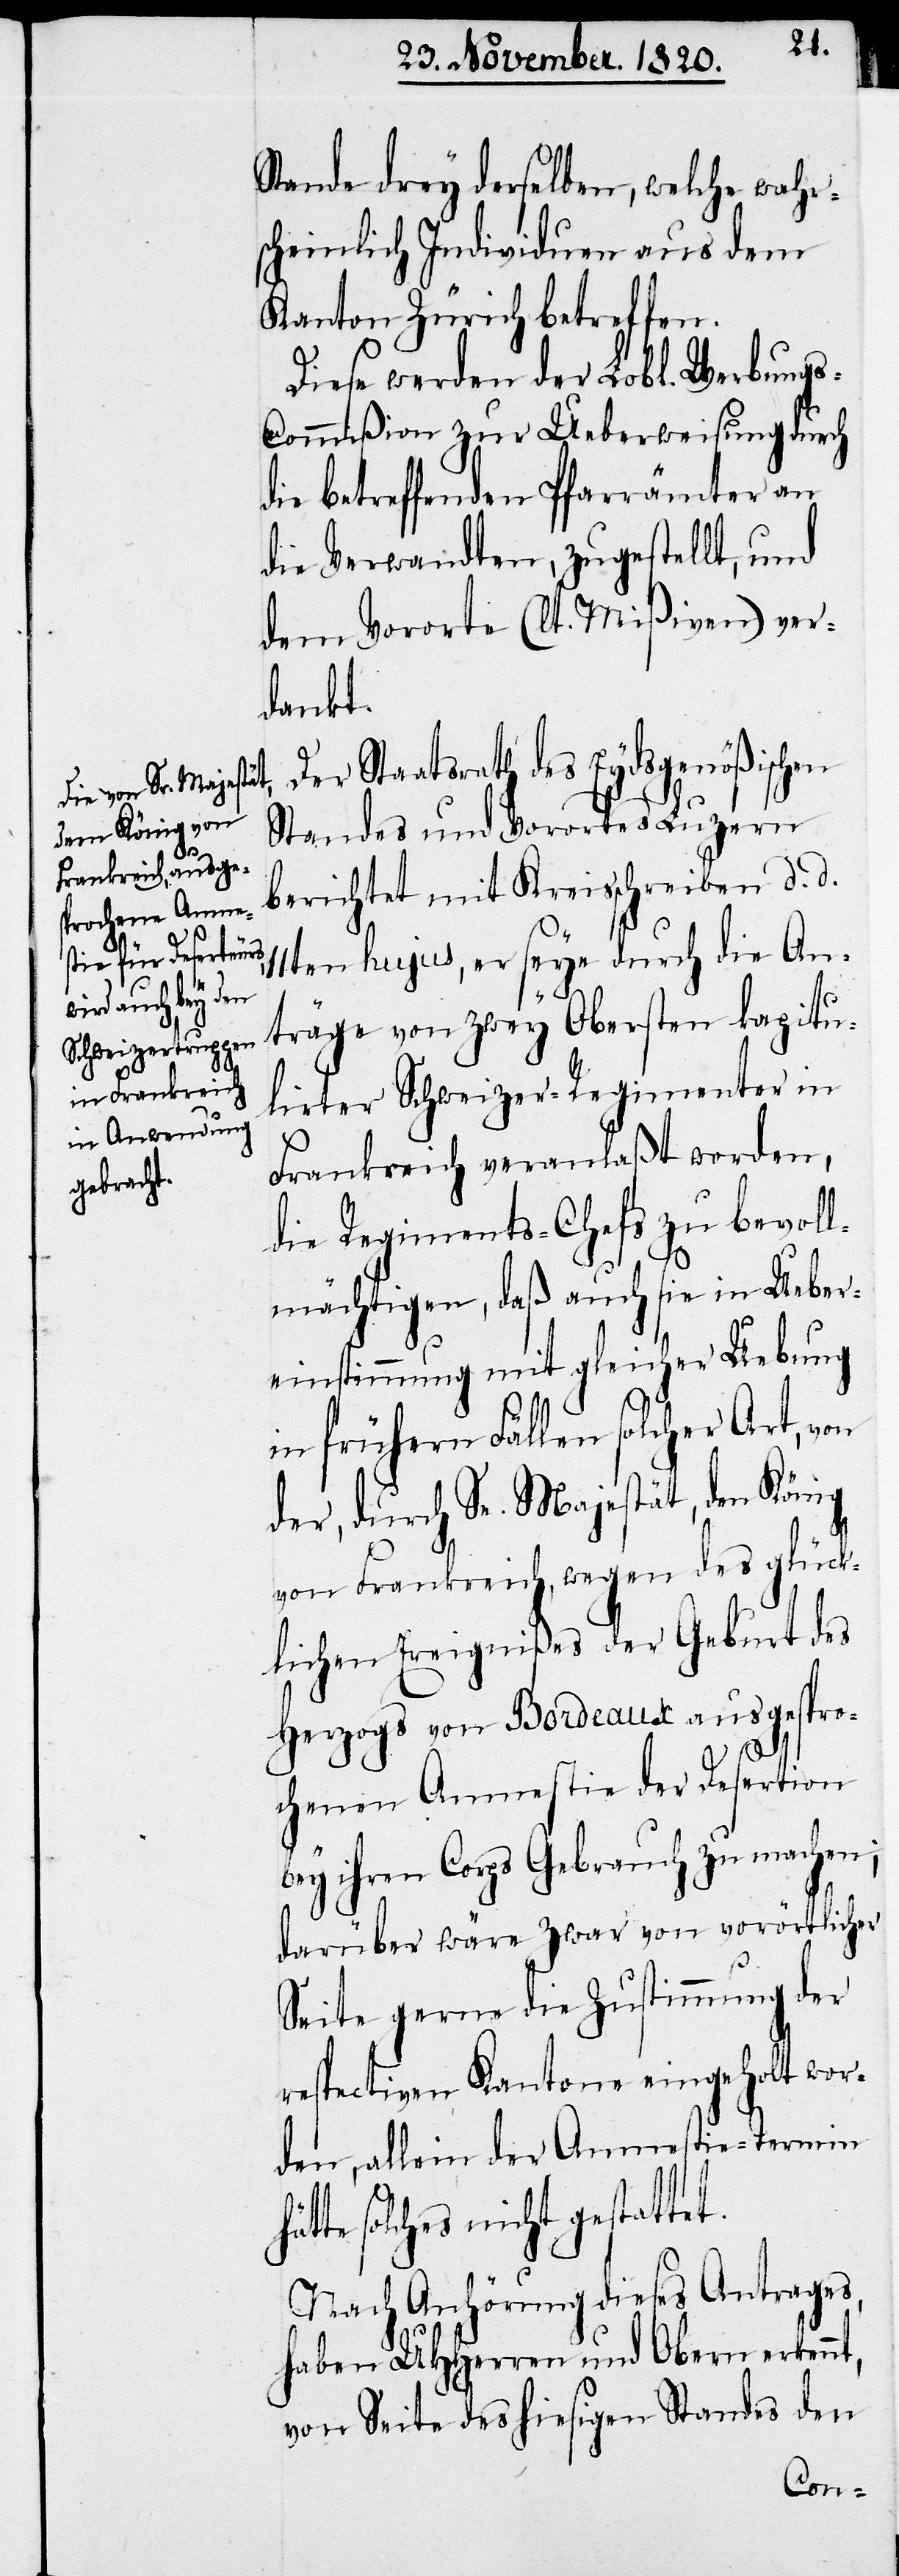
hä¬

Stande drey derselben, welche wahr¬
scheinlich Individuen aus dem
Kanton Zürich betreffen.
Diese werden der Lobl. Werbung¬
s-Commißion zur Ueberweisung durch
die betreffenden Pfarrämter an
die Verwandten, zugestellt, und
dem Vororte (lt. Mißiven) ver¬
dankt.
Der Staatsrath des Eydsgenößischen
Standes und Vorortes Luzern
berichtet mit Kreisschreiben d. d.
11ten hujus, er seye durch die An¬
träge von zwey Obersten kapitu¬
lirter Schweizer-Regimenter in
Frankreich veranlaßt worden,
die Regiments-Chef zu bevoll¬
mächtigen, daß auch sie in Ueber¬
einstimmung mit gleicher Uebung
in frühern Fällen solcher Art, von
der, durch Se. Majestät, den König
von Frankreich, wegen des glück¬
lichen Ereignißes der Geburt des
Herzogs von Bordeaux ausgespro¬
chenen Amnestie der Desertion
bey ihrem Corps Gebrauch zu machen;
darüber wäre zwar von vorörtlicher
Seite gerne die Zustimmung der
respectiven Kantone eingeholt wor¬
den, allein der Amnestie-Termin
tte solches nicht gestattet.
Nach Anhörung dieses Antrages,
haben UHHerren und Obern erkennt,
von Seite des hiesigen Standes den